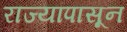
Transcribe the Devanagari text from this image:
राज्यांपासून